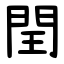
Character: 閏